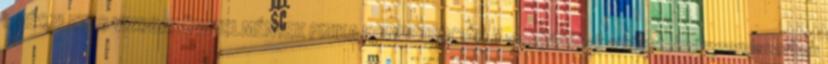
I. RÉSZLETES VIZSGAKÖVETELMÉNYEK FIZIKA KOMPETENCIÁK A vizsgázónak a követelményrendszerben